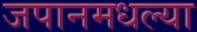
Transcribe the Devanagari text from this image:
जपानमधल्या